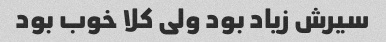
سیرش زیاد بود ولی کلا خوب بود